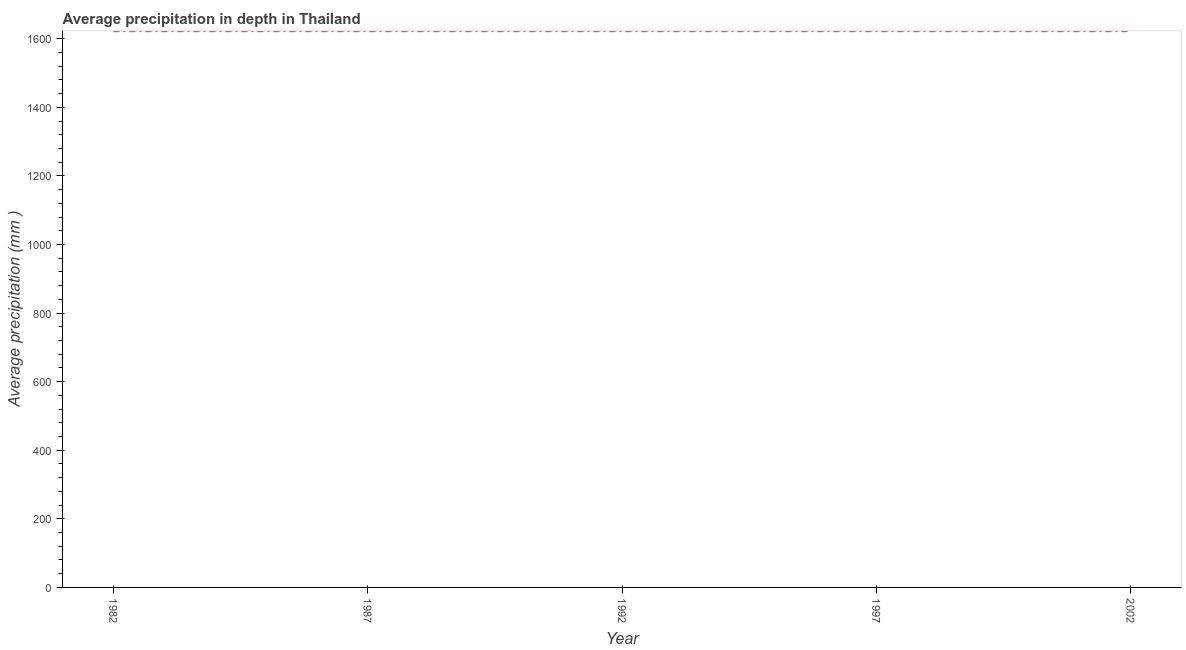
| Year | Average precipitation in depth |
 | --- | --- |
 | 1982 | 1.62e+03 |
 | 1987 | 1.62e+03 |
 | 1992 | 1.62e+03 |
 | 1997 | 1.62e+03 |
 | 2002 | 1.62e+03 |